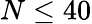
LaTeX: N\leq 40